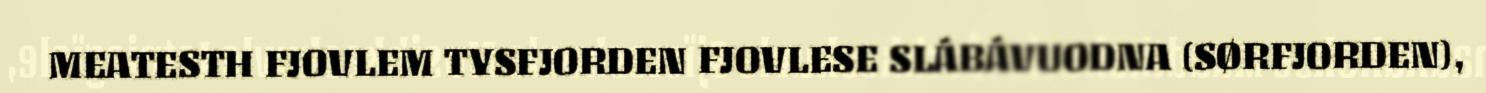
MEATESTH FJOVLEM TYSFJORDEN FJOVLESE SLÁBÁVUODNA (SØRFJORDEN),